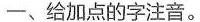
一、给加点的字注音。